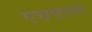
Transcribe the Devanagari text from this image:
एसपाना